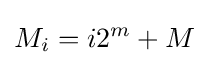
M_{i}=i2^{m}+M